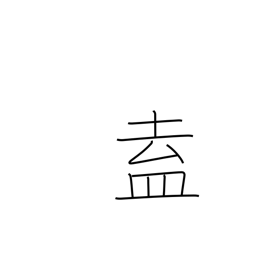
Meaning: congregate